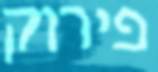
פירוק